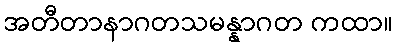
အတီတာနာဂတသမန္နာဂတ ကထာ။